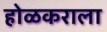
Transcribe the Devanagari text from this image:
होळकराला